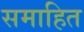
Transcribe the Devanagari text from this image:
समाहित